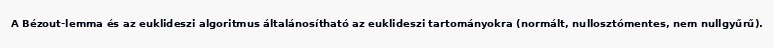
A Bézout-lemma és az euklideszi algoritmus általánosítható az euklideszi tartományokra (normált, nullosztómentes, nem nullgyűrű).